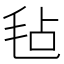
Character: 毡